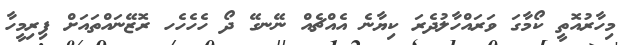
މިހާރުއޮތީ ކޯމާގަ ވަރައްހާލުދެރަ ކިޔާނެ އެއްޗެއް ނޭނގޭ ދޯ ހެހެހެހ ރޮޒޭނައްތައަށް ފިރިމީހާ